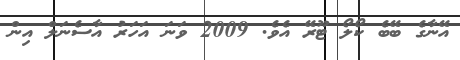
އޭނާގެ ބޭބެ ކޯލޯ ޓޫރޭ އެވެ. 2009 ވަނަ އަހަރު އާސެނަލް އިން